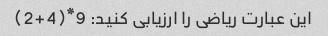
این عبارت ریاضی را ارزیابی کنید: 9*(4+2)